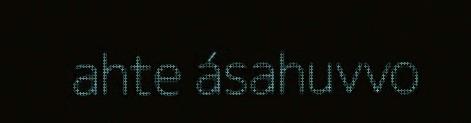
ahte ásahuvvo